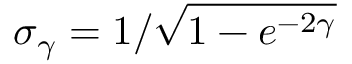
\sigma _ { \gamma } = 1 / \sqrt { 1 - e ^ { - 2 \gamma } }